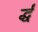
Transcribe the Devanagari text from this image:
र्द्धं